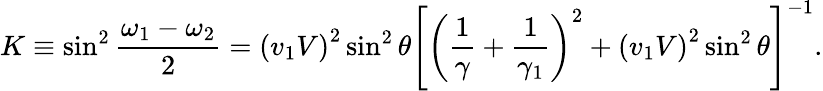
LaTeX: K\equiv\sin^{2}\frac{\omega_{1}-\omega_{2}}{2}=\left(v_{1}V\right)^{2}\sin^{2}\theta\left[\left(\frac{1}{\gamma}+\frac{1}{\gamma_{1}}\right)^{2}+\left(v_{1}V\right)^{2}\sin^{2}\theta\right]^{-1}.